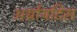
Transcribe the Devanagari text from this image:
अर्थ्रायटिस